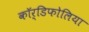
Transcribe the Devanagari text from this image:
कॉर्डिफोलिया